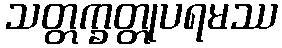
သတ္တက္ခတ္တုပရမဿ